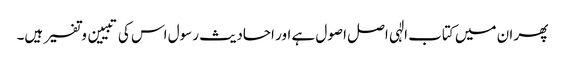
پھر ان میں کتاب الٰہی اصل اصول ہے اور احادیث رسول اس کی تبیین و تفسیر ہیں۔